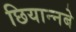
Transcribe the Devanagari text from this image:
छियान्नबे